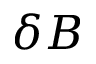
\delta B